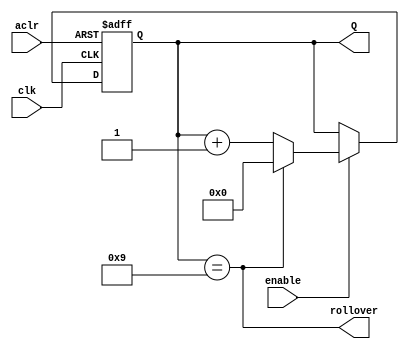
module counter_modulo_k #(parameter k=10)
								 (input clk, aclr, enable,
								  output reg [N-1:0] Q,
								  output rollover);
	
	localparam N = clogb2(k-1);
	
	function integer clogb2(input [31:0] v);
		for(clogb2 = 0; v > 0; clogb2 = clogb2+1)
			v = v >> 1;
	endfunction
	
	always @(posedge clk, negedge aclr)
		if(!aclr) Q<={N{1'b0}};
		else begin
			if(enable) begin
				if(Q == k-1)  Q<={N{1'b0}};
				else          Q<= Q + 1'b1;
			end
			else Q<=Q;
		end
		
	assign rollover = (Q == k-1);
	
endmodule